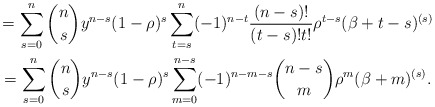
\begin{gather*}=\sum_{s=0}^{n}\binom{n}{s}y^{n-s}(1-\rho )^{s}\sum_{t=s}^{n}(-1)^{n-t}\frac{(n-s)!}{(t-s)!t!}\rho ^{t-s}(\beta +t-s)^{(s)} \\=\sum_{s=0}^{n}\binom{n}{s}y^{n-s}(1-\rho )^{s}\sum_{m=0}^{n-s}(-1)^{n-m-s}\binom{n-s}{m}\rho ^{m}(\beta +m)^{(s)}.\end{gather*}